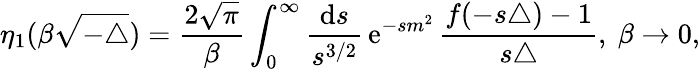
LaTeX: \eta_{1}(\beta\sqrt{-\triangle})=\frac{2\sqrt{\pi}}{\beta}\int_{0}^{\infty}\frac{{\mathrm{d}}s}{s^{3/2}}\, {\mathrm{e}}^{-sm^{2}}\, \frac{f(-s\triangle)-1}{s\triangle},\ \beta\rightarrow 0,